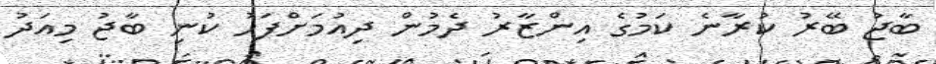
ބާޖު ބޭރު ކުރާނެ ކަމުގެ އިންޒާރު ދެމުން ދިއުމަށްފަހު ކުނި ބާޖު މިއަދު